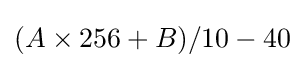
(A\times 256+B)/10-40